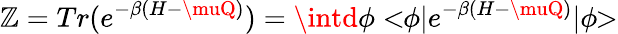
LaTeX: \mathbb{Z}=Tr(e^{-\beta(H-\muQ)})=\intd\phi<\! \! \phi|e^{-\beta(H-\muQ)}|\phi\! \! >